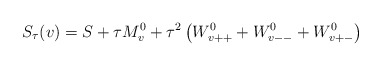
\begin{align*}S_\tau (v)=S+\tau M^0_{v}+\tau^2\left(W^0_{v++}+W^0_{v--}+W^0_{v+-}\right) \end{align*}